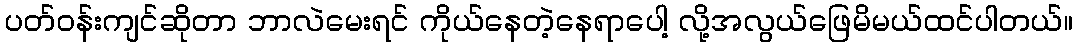
ပတ်ဝန်းကျင်ဆိုတာ ဘာလဲမေးရင် ကိုယ်နေတဲ့နေရာပေါ့ လို့အလွယ်ဖြေမိမယ်ထင်ပါတယ်။